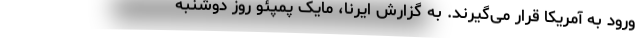
ورود به آمریکا قرار می‌گیرند. به گزارش ایرنا، مایک پمپئو روز دوشنبه